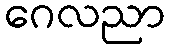
ဂေလညာ